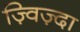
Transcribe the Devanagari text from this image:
ज़्विज़्दा